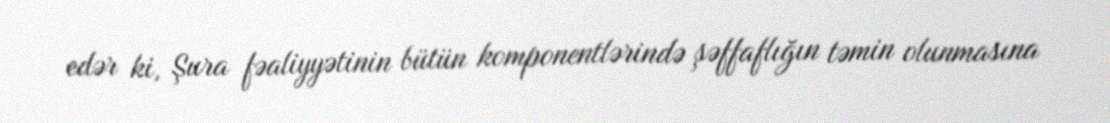
edər ki, Şura fəaliyyətinin bütün komponentlərində şəffaflığın təmin olunmasına